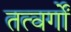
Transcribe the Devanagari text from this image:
तत्वर्गों